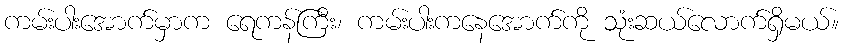
ကမ်းပါးအောက်မှာက ရေကန်ကြီး၊ ကမ်းပါးကနေအောက်ကို သုံးဆယ်လောက်ရှိမယ်။